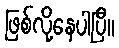
ဖြစ်လို့နေပါပြီ။